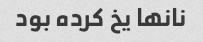
نانها یخ کرده بود